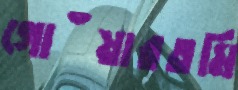
গোঁয়ারতমি